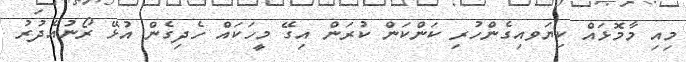
މިއި މާމޮޅައް ކިޔަވއިގެންހުރި ކަންކަން ކުރަން އިގޭ މީހަކައް ހެދިގެން އުޅޭ ރޯނުއެދުރު